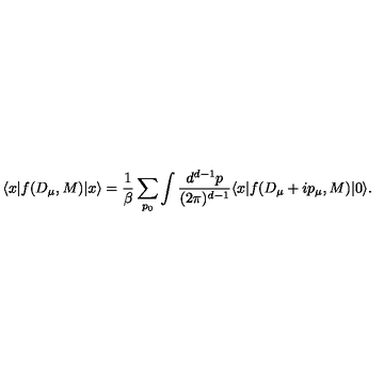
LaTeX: \langle x | f ( D _ { \mu } , M ) | x \rangle = \frac { 1 } { \beta } \sum _ { p _ { 0 } } \int \frac { d ^ { d - 1 } p } { ( 2 \pi ) ^ { d - 1 } } \langle x | f ( D _ { \mu } + i p _ { \mu } , M ) | 0 \rangle .